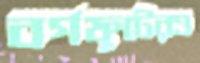
বর্গফুটেরও